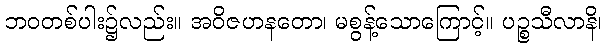
ဘဝတစ်ပါး၌လည်း။ အဝိဇဟနတော၊ မစွန့်သောကြောင့်။ ပဉ္စသီလာနိ၊